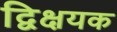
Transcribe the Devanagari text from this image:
द्विक्षयक